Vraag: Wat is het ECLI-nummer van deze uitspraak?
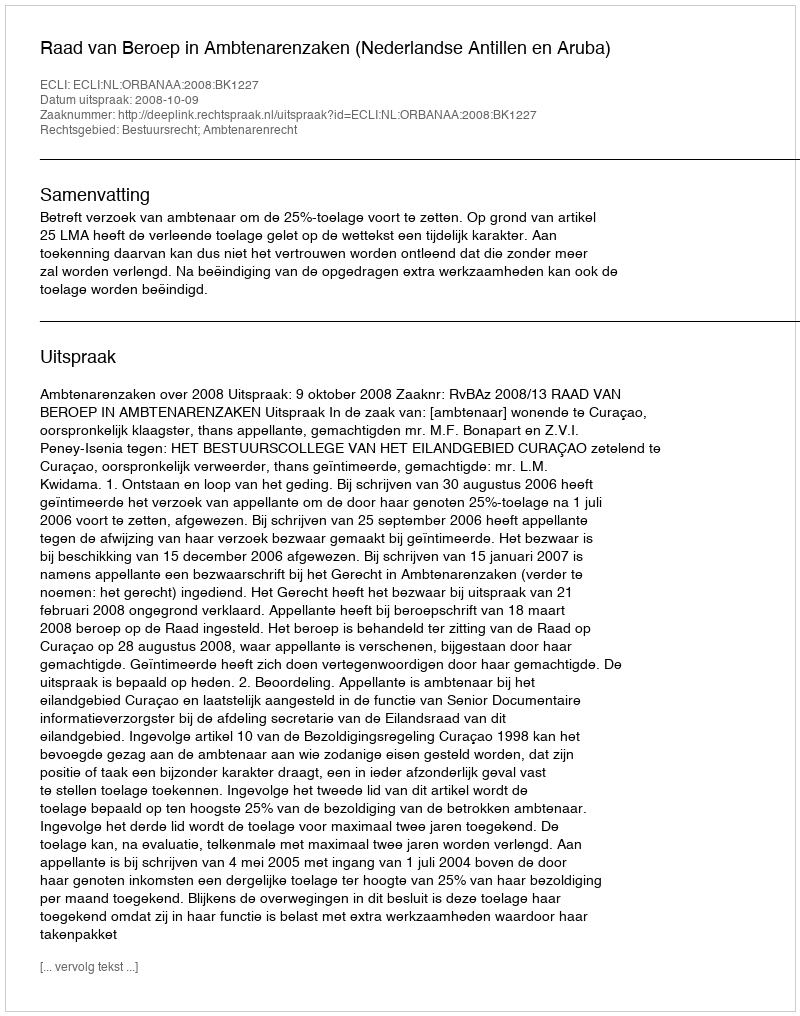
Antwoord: ECLI:NL:ORBANAA:2008:BK1227